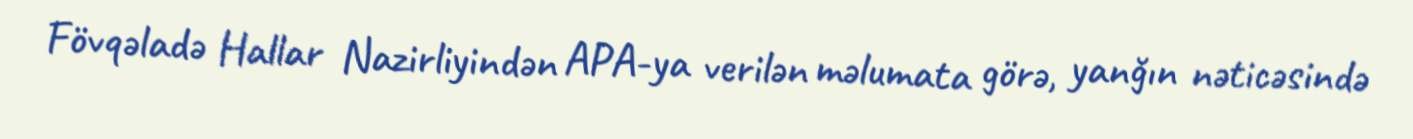
Fövqəladə Hallar Nazirliyindən APA-ya verilən məlumata görə, yanğın nəticəsində